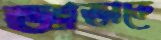
আভাকে